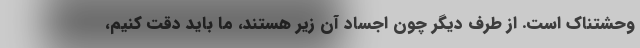
وحشتناک است. از طرف دیگر چون اجساد آن زیر هستند، ما باید دقت کنیم،